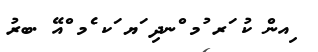
ިއން ކު ަރ ުމ ްނދި ަޔ ަކ ެމ ްއޭ .ބރު